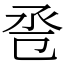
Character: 卺